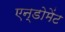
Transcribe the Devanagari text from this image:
एन्डोमेंट